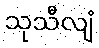
သုသီလျံ